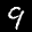
Label: 9